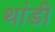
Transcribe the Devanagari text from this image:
थांडी